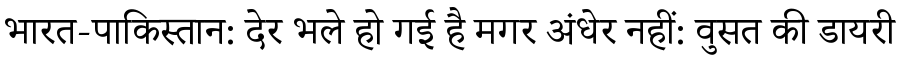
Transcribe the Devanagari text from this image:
भारत-पाकिस्तान: देर भले हो गई है मगर अंधेर नहीं: वुसत की डायरी